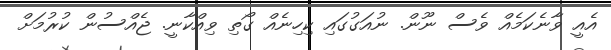
އެއީ ވާނެކަމެއް ވެސް ނޫން. ނުއަގުގައި ކިހިނެއް ގޯތި ވިއްކާނީ. ޖެއްސުން ކުރުމަށް